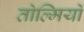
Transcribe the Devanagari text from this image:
तोल्मियों